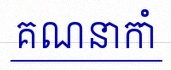
គណនាកាំ